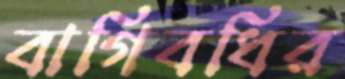
বাগিবধির